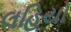
લહિયો